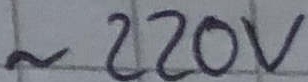
Text: ~220V